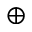
\oplus